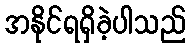
အနိုင်ရရှိခဲ့ပါသည်